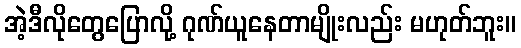
အဲ့ဒီလိုတွေပြောလို့ ဂုဏ်ယူနေတာမျိုးလည်း မဟုတ်ဘူး။